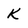
Character: K